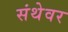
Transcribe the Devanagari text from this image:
संथेवर